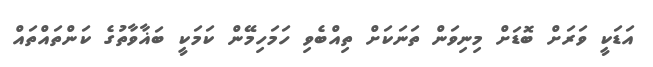
އަޑަކީ ވަރަށް ބޮޑަށް މިނިވަން ތަނަކަށް ތިއްބެވި ހަމަހިމޭން ކަމަކީ ބަޣާވާތުގެ ކަންތައްތައް